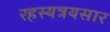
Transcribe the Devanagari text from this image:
रहस्यत्रयसार